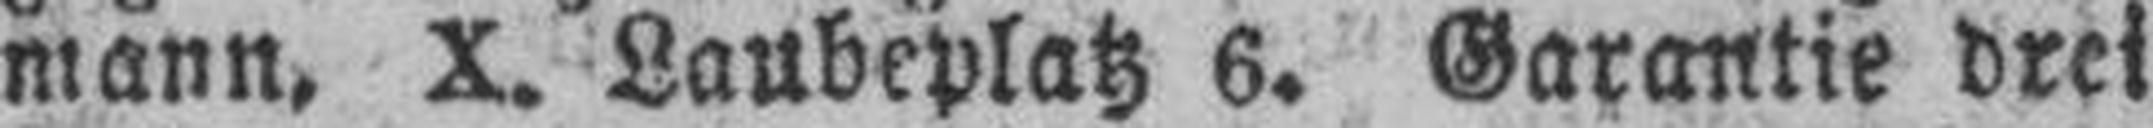
mann, X. Laubeplatz 6. Garantie drei